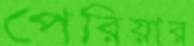
পেরিয়ার